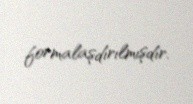
formalaşdırılmışdır.